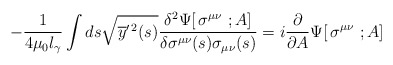
\begin{align*}-{1\over 4\mu_0 l_\gamma}\int ds\sqrt{\overline y^{\prime\,2}(s)}{\delta^2 \Psi[\,\sigma^{\mu\nu}\ ; A]\over \delta\sigma^{\mu\nu}(s)\sigma_{\mu\nu}(s)}=i{\partial \over\partial A }\Psi[\,\sigma^{\mu\nu}\ ; A]\end{align*}